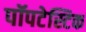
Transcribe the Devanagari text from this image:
पॉपटेस्टिक